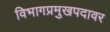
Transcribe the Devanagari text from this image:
विभागप्रमुखपदावर